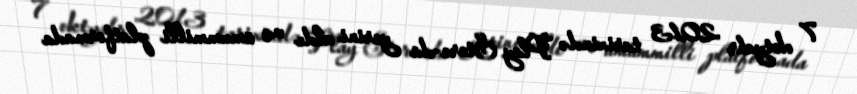
7 oktyabr 2013 tarixində Play Store-da yerini aldı və ümummilli platformada